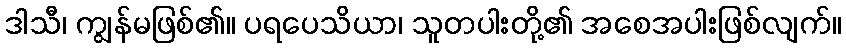
ဒါသီ၊ ကျွန်မဖြစ်၏။ ပရပေသိယာ၊ သူတပါးတို့၏ အစေအပါးဖြစ်လျက်။